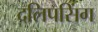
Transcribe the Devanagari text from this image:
दलिपसिंग